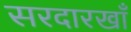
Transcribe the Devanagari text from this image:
सरदारखाँ